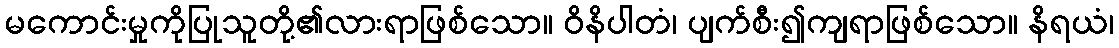
မကောင်းမှုကိုပြုသူတို့၏လားရာဖြစ်သော။ ဝိနိပါတံ၊ ပျက်စီး၍ကျရာဖြစ်သော။ နိရယံ၊